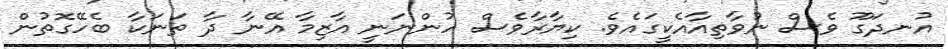
އުނދަގޫ ވެސް ނުވާތިއާއެކީގައެވެ. ކިޔާރާވެސް ހުންނަނީ އާޒިމާ އޭނާ ދާ ތަނަކާ ބެހޭގޮތުން